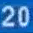
20